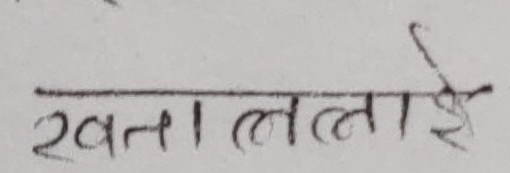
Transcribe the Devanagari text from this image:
खानालाई